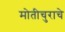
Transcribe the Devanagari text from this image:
मोतीचुराचे